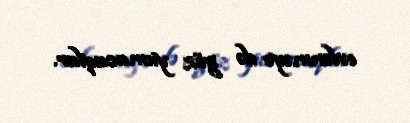
evlənməyə də göz yumacaqlar.